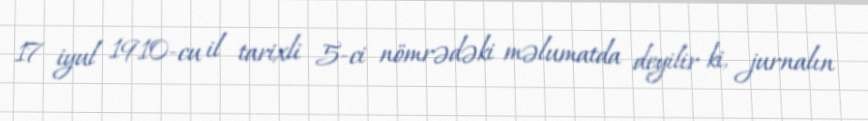
17 iyul 1910-cu il tarixli 5-ci nömrədəki məlumatda deyilir ki, jurnalın